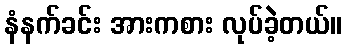
နံနက်ခင်း အားကစား လုပ်ခဲ့တယ်။